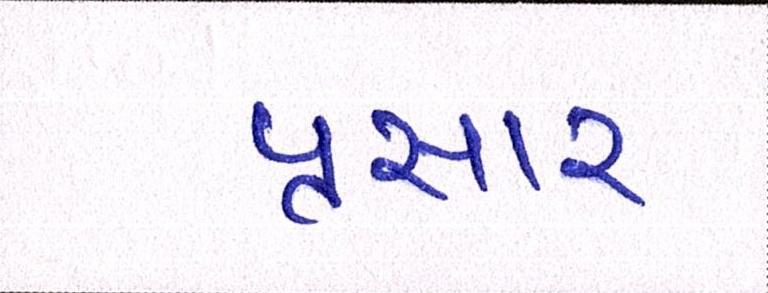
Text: પ્રસાર